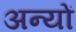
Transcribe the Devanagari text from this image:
अन्‍यों